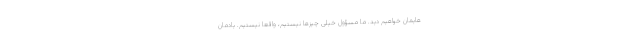
هایمان خواهیم دید. ما مسؤول خیلی چیزها نیستیم، واقعاً نیستیم. یادمان